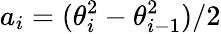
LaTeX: a_{i}=(\theta_{i}^{2}-\theta_{i-1}^{2})/2